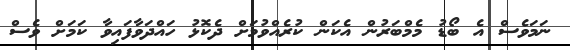
ނަމަވެސް އެ ބޯޑު މެމްބަރުން އެކަން ކުރެއްވުމަށް ދެކޮޅު ހައްދަވާފައިވާ ކަމަށް ވެސް